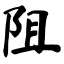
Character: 阻